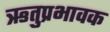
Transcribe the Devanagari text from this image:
ऋतुप्रभावक